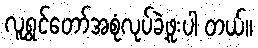
လူရွှင်တော်အစုံလုပ်ခဲ့ဖူးပါ တယ်။